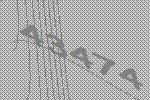
43474